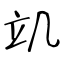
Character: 竌